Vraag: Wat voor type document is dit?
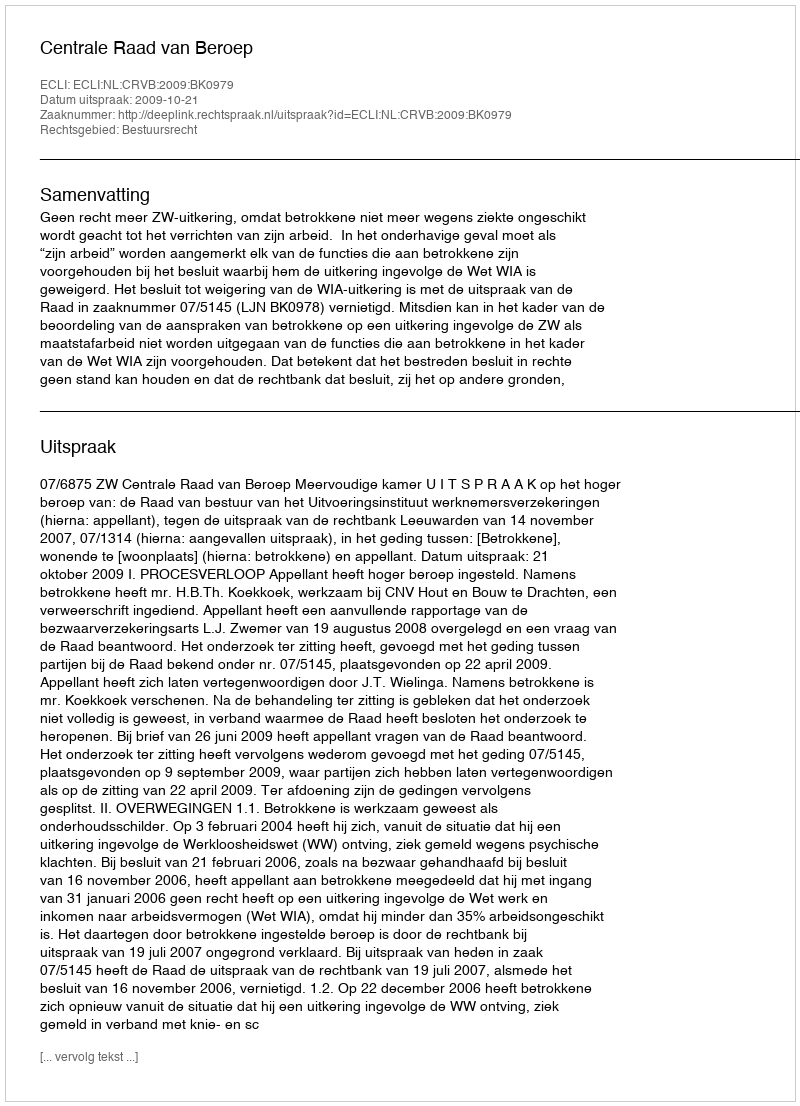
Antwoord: Uitspraak